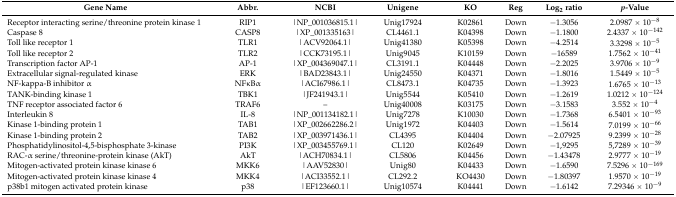
<table><thead><tr><td><b>Gene Name</b></td><td><b>Abbr.</b></td><td><b>NCBI</b></td><td><b>Unigene</b></td><td><b>KO</b></td><td><b>Reg</b></td><td><b>Log<sub>2</sub> ratio</b></td><td><b><i>p</i>-Value</b></td></tr></thead><tbody><tr><td>Receptor interacting serine/threonine protein kinase 1</td><td>RIP1</td><td>|NP_001036815.1|</td><td>Unig17924</td><td>K02861</td><td>Down</td><td>−1.3056</td><td>2.0987 × 10<sup>−8</sup></td></tr><tr><td>Caspase 8</td><td>CASP8</td><td>|XP_001335163|</td><td>CL4461.1</td><td>K04398</td><td>Down</td><td>−1.1800</td><td>2.4337 × 10<sup>−142</sup></td></tr><tr><td>Toll like receptor 1</td><td>TLR1</td><td>|ACV92064.1|</td><td>Unig41380</td><td>K05398</td><td>Down</td><td>−4.2514</td><td>3.3298 × 10<sup>−5</sup></td></tr><tr><td>Toll like receptor 2</td><td>TLR2</td><td>|CCK73195.1|</td><td>Unig9045</td><td>K10159</td><td>Down</td><td>−16589</td><td>1.7562 × 10<sup>−41</sup></td></tr><tr><td>Transcription factor AP-1</td><td>AP-1</td><td>|XP_004369047.1|</td><td>CL3191.1</td><td>K04448</td><td>Down</td><td>−2.2025</td><td>3.9706 × 10<sup>−9</sup></td></tr><tr><td>Extracellular signal-regulated kinase</td><td>ERK</td><td>|BAD23843.1|</td><td>Unig24550</td><td>K04371</td><td>Down</td><td>−1.8016</td><td>1.5449 × 10<sup>−5</sup></td></tr><tr><td>NF-kappa-B inhibitor α</td><td>NFκBα</td><td>|ACI67986.1|</td><td>CL8473.1</td><td>K04735</td><td>Down</td><td>−1.3923</td><td>1.6765 × 10<sup>−13</sup></td></tr><tr><td>TANK-binding kinase 1</td><td>TBK1</td><td>|JF241943.1|</td><td>Unig5544</td><td>K05410</td><td>Down</td><td>−1.2619</td><td>1.0212 × 10<sup>−124</sup></td></tr><tr><td>TNF receptor associated factor 6</td><td>TRAF6</td><td>–</td><td>Unig40008</td><td>K03175</td><td>Down</td><td>−3.1583</td><td>3.552 × 10<sup>−4</sup></td></tr><tr><td>Interleukin 8</td><td>IL-8</td><td>|NP_001134182.1|</td><td>Unig7278</td><td>K10030</td><td>Down</td><td>−1.7368</td><td>6.5401 × 10<sup>−93</sup></td></tr><tr><td>Kinase 1-binding protein 1</td><td>TAB1</td><td>|XP_002662286.2|</td><td>Unig1972</td><td>K04403</td><td>Down</td><td>−1.5614</td><td>7.0199 × 10<sup>−66</sup></td></tr><tr><td>Kinase 1-binding protein 2</td><td>TAB2</td><td>|XP_003971436.1|</td><td>CL4395</td><td>K04404</td><td>Down</td><td>−2.07925</td><td>9.2399 × 10<sup>−28</sup></td></tr><tr><td>Phosphatidylinositol-4,5-bisphosphate 3-kinase</td><td>PI3K</td><td>|XP_003455769.1|</td><td>CL120</td><td>K02649</td><td>Down</td><td>−1,9295</td><td>5,7289 × 10<sup>−39</sup></td></tr><tr><td>RAC-α serine/threonine-protein kinase (AkT)</td><td>AkT</td><td>|ACH70834.1|</td><td>CL5806</td><td>K04456</td><td>Down</td><td>−1.43478</td><td>2.9777 × 10<sup>−19</sup></td></tr><tr><td>Mitogen-activated protein kinase kinase 6 </td><td>MKK6</td><td>|AAV52830|</td><td>Unig80</td><td>K04433</td><td>Down</td><td>−1.6590</td><td>7.5296 × 10<sup>−169</sup></td></tr><tr><td>Mitogen-activated protein kinase kinase 4</td><td>MKK4</td><td>|ACI33552.1|</td><td>CL292.2</td><td>KO4430</td><td>Down</td><td>−1.80397</td><td>1.9570 × 10<sup>−19</sup></td></tr><tr><td>p38b1 mitogen activated protein kinase</td><td>p38</td><td>|EF123660.1|</td><td>Unig10574</td><td>K04441</td><td>Down</td><td>−1.6142</td><td>7.29346 × 10<sup>−9</sup></td></tr></tbody></table>